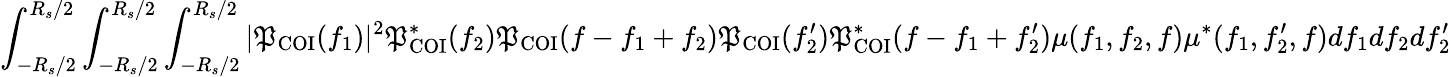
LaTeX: \int_{-R_{s}/2}^{R_{s}/2}\int_{-R_{s}/2}^{R_{s}/2}\int_{-R_{s}/2}^{R_{s}/2}|\mathfrak{P}_{\mathrm{{COI}}}(f_{1})|^{2}\mathfrak{P}_{\mathrm{{COI}}}^{\ast}(f_{2})\mathfrak{P}_{\mathrm{{COI}}}(f-f_{1}+f_{2})\mathfrak{P}_{\mathrm{{COI}}}(f_{2}^{\prime})\mathfrak{P}_{\mathrm{{COI}}}^{\ast}(f-f_{1}+f_{2}^{\prime})\mu(f_{1},f_{2},f)\mu^{\ast}(f_{1},f_{2}^{\prime},f)df_{1}df_{2}df_{2}^{\prime}